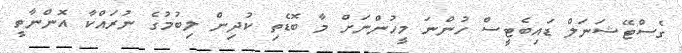
ގެސްޓޭޝަނަލް ޑައިބެޓީސް ހުންނަ މީހުންނަށް މާ ބޮޑެތި ކުދިން ލިބުމުގެ ނުރައްކާ އޮންނާތީ